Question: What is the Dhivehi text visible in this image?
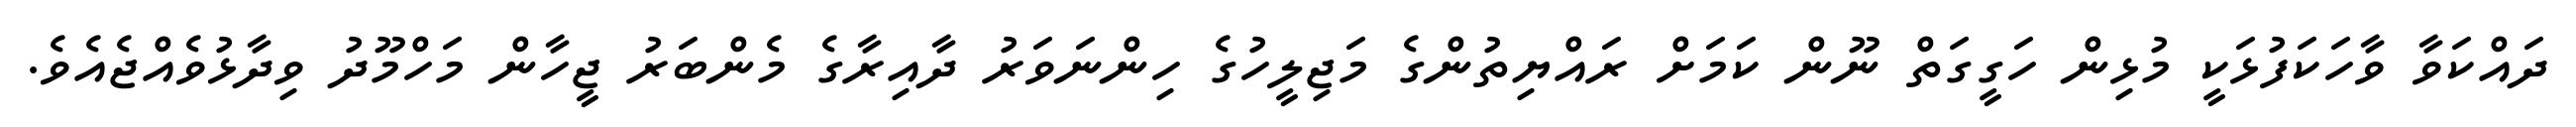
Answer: ދައްކަވާ ވާހަކަފުޅަކީ މުޅިން ހަގީގަތް ނޫން ކަމަށް ރައްޔިތުންގެ މަޖިލީހުގެ ހިންނަވަރު ދާއިރާގެ މެންބަރު ޖީހާން މަހްމޫދު ވިދާޅުވެއްޖެއެވެ.